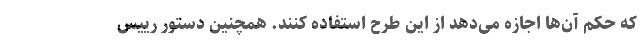
که حکم آن‌ها اجازه می‌دهد از این طرح استفاده کنند. همچنین دستور رییس